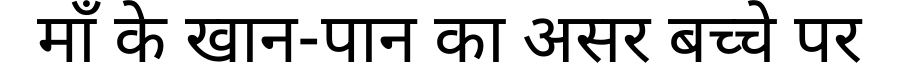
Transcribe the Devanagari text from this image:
माँ के खान-पान का असर बच्चे पर